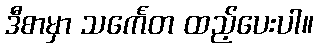
ဒီစာမှာ သင်္ကေတ ထည့်ပေးပါ။